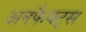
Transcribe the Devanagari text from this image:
अनफैक्ट्स